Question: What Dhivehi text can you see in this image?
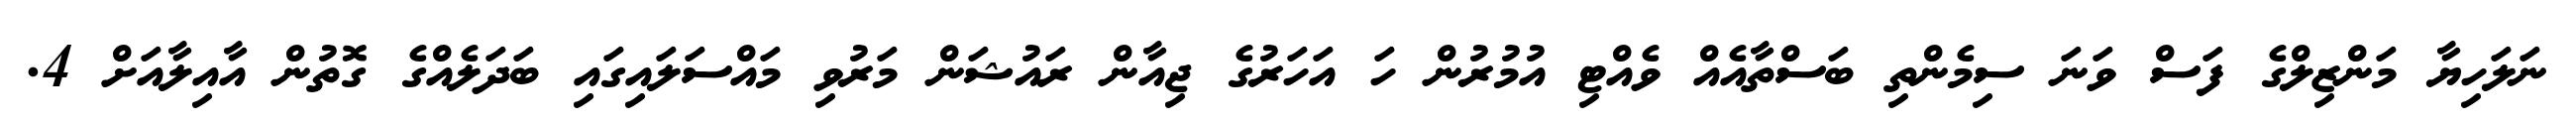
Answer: ނަލަހިޔާ މަންޒިލްގެ ފަސް ވަނަ ސިމެންތި ބަސްތާއެއް ވެއްޓި އުމުރުން ހަ އަހަރުގެ ޖިއާން ރައުޝަން މަރުވި މައްސަލައިގައި ބަދަލެއްގެ ގޮތުން އާއިލާއަށް 4.